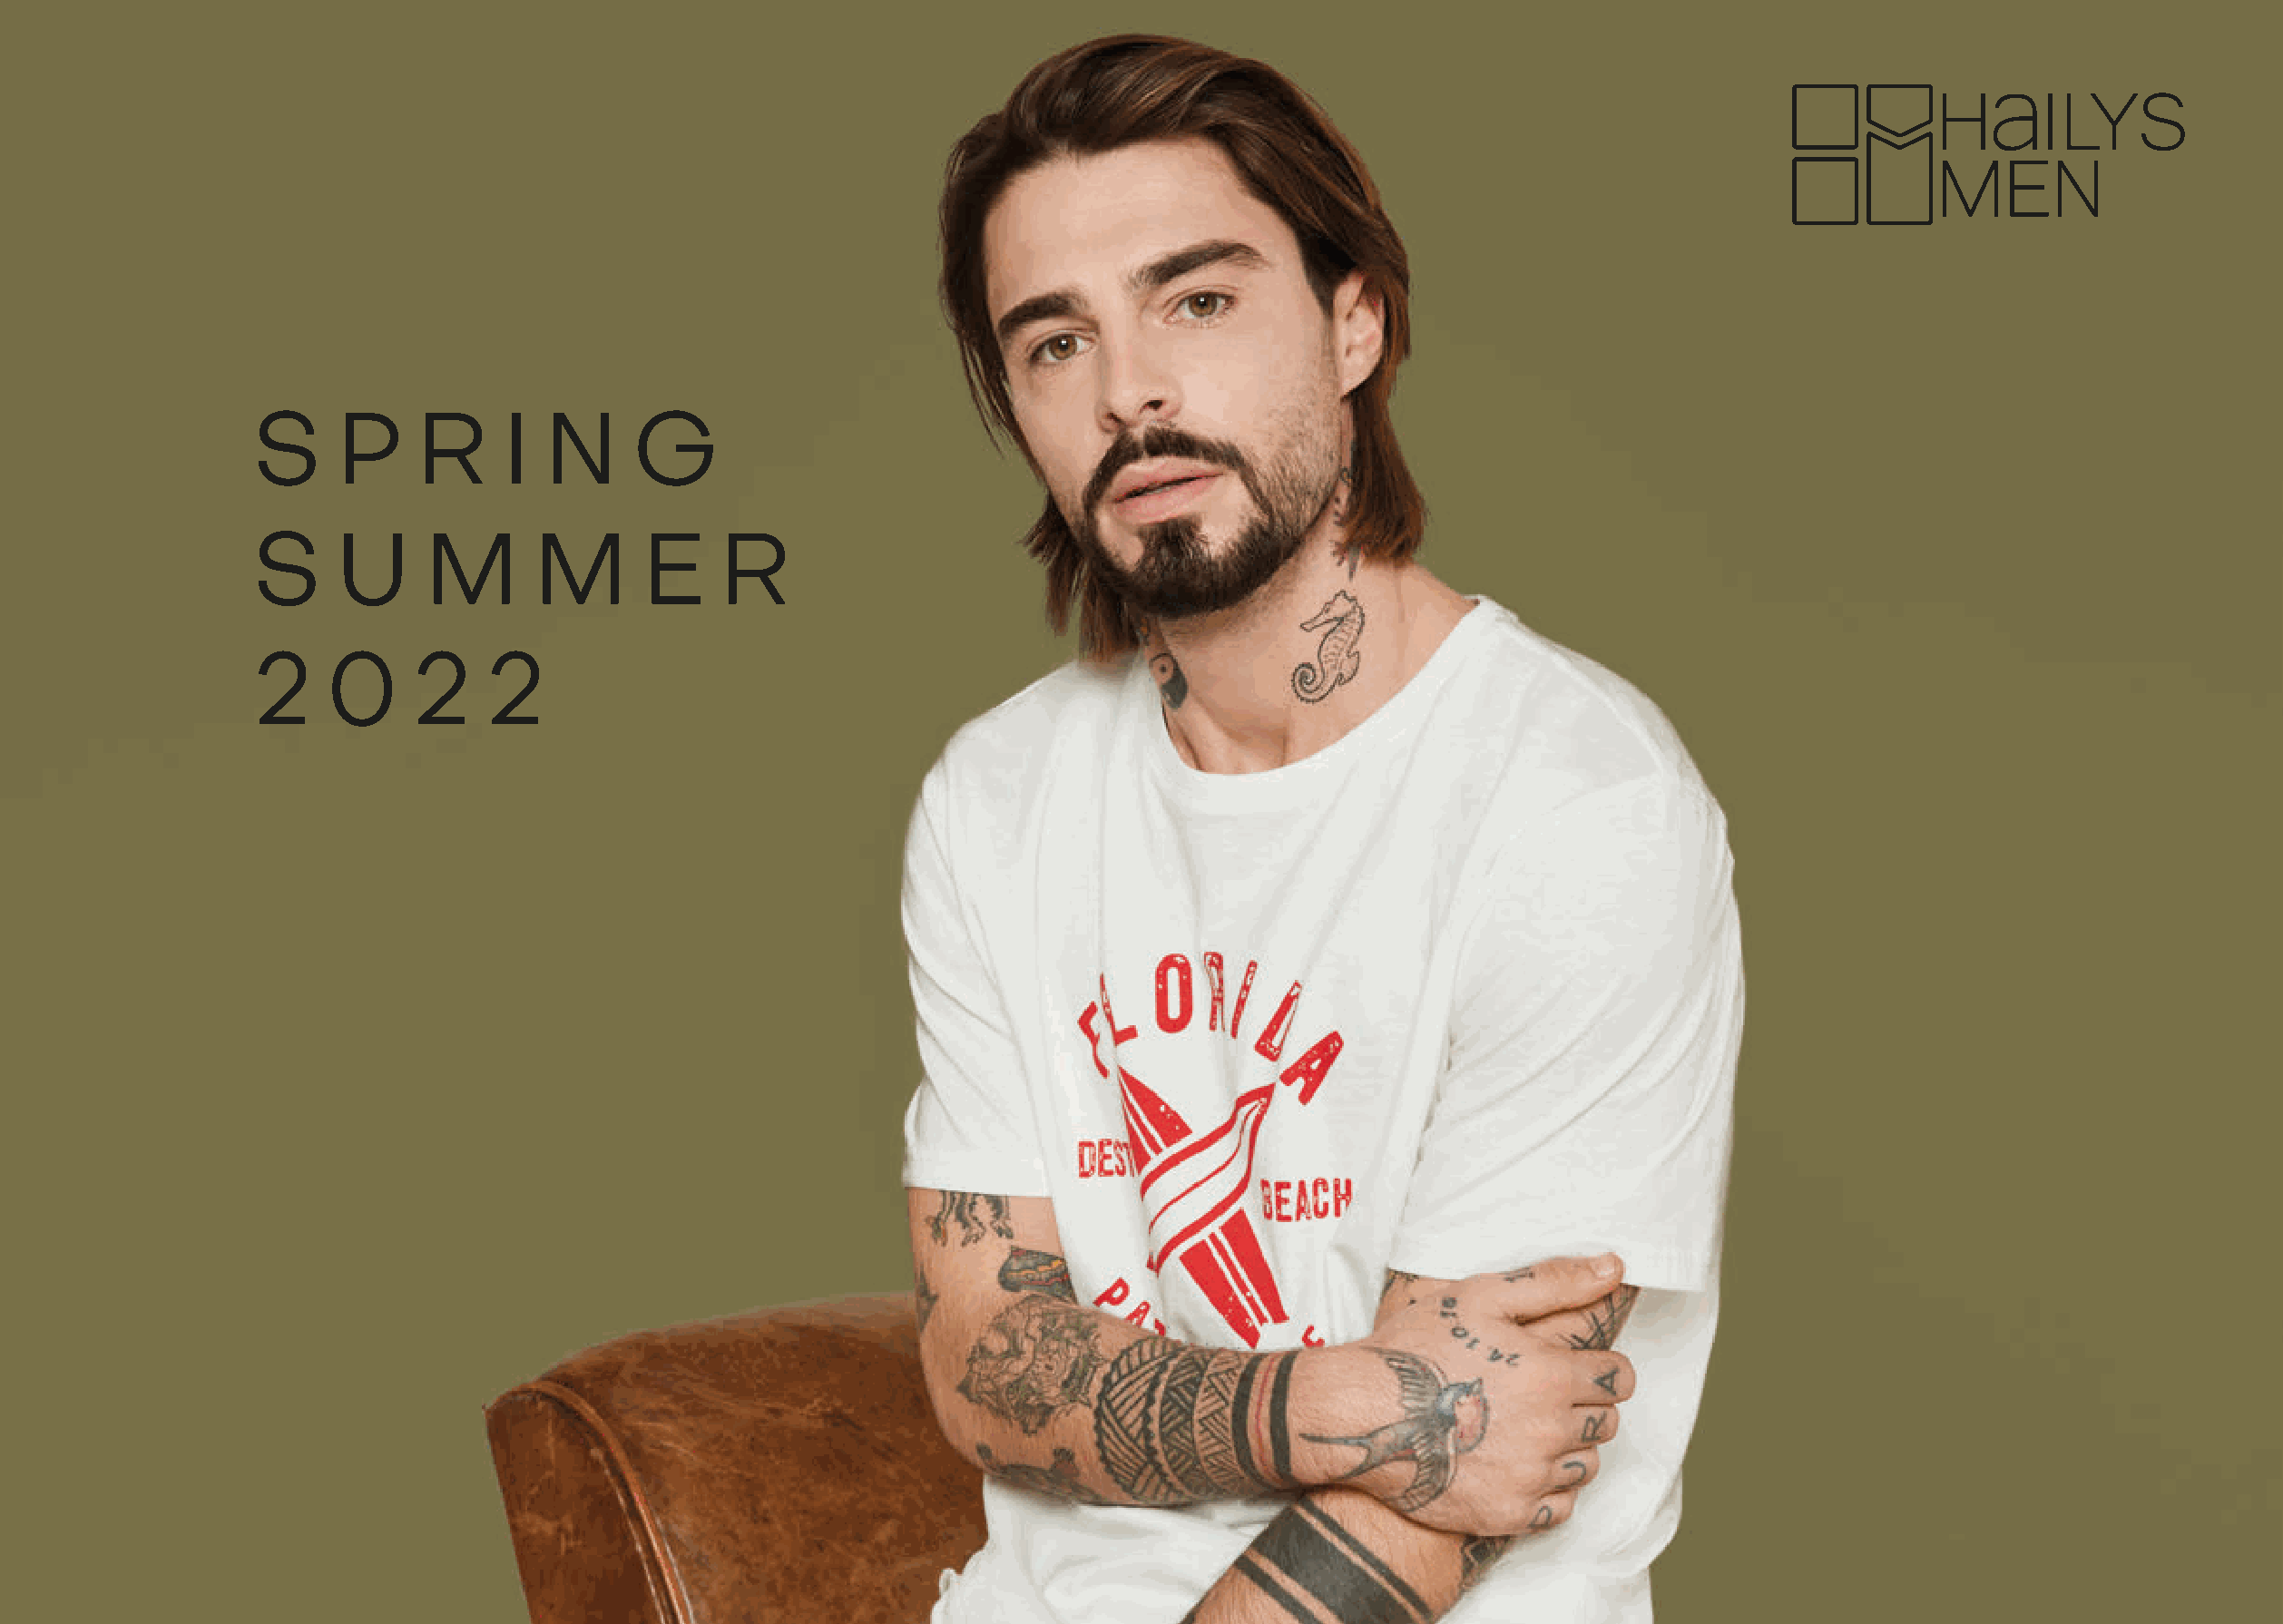
S      P    R      I  N     G
 S     U      M       M       E    R
 2     0     2    2